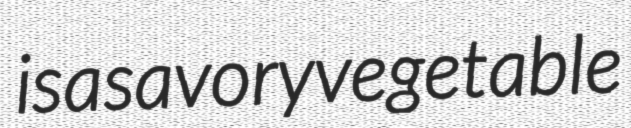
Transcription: is a savory vegetable